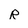
Character: R